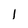
Character: I